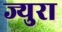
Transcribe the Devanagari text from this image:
ज्युरा